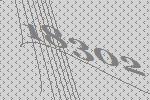
18302